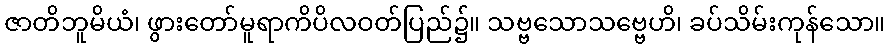
ဇာတိဘူမိယံ၊ ဖွားတော်မူရာကိပိလဝတ်ပြည်၌။ သဗ္ဗသောသဗ္ဗေဟိ၊ ခပ်သိမ်းကုန်သော။